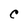
Character: C